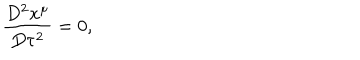
\frac { D ^ { 2 } x ^ { \mu } } { D \tau ^ { 2 } } = 0 ,